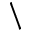
\backslash